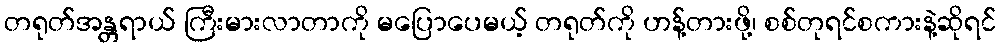
တရုတ်အန္တရာယ် ကြီးမားလာတာကို မပြောပေမယ့် တရုတ်ကို ဟန့်တားဖို့၊ စစ်တုရင်စကားနဲ့ဆိုရင်